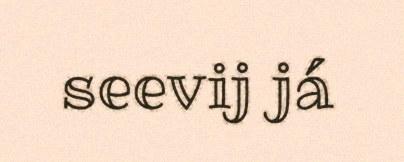
seevij já